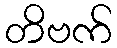
တိဗက်